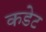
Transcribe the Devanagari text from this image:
कडेट